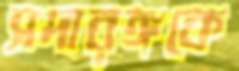
সদারঙ্গকে